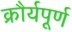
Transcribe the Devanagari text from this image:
क्रौर्यपूर्ण